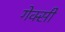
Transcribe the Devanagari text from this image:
गेक्सी